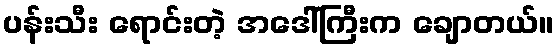
ပန်းသီး ရောင်းတဲ့ အဒေါ်ကြီးက ချောတယ်။